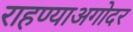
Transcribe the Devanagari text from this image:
राहण्याअगोदर